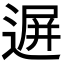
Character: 𨔧